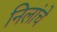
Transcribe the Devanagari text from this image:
निलांचे